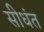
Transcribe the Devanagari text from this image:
सीधंत